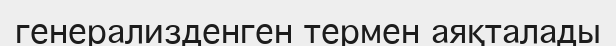
генерализденген термен аяқталады